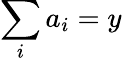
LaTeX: \sum_{i}a_{i}=y